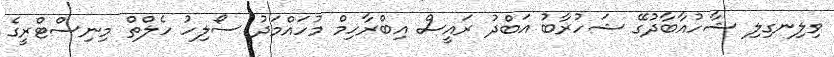
ވިލިނގިލި ޝާހުއާބާދުގޭ ޝަހުރާބު އަބްދު ރައީސް އިބްރާހިމް މުހައްމަދު ސޯލިހު ހެލްތް މިނިސްޓްރީގެ